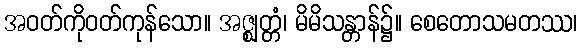
အဝတ်ကိုဝတ်ကုန်သော။ အဇ္ဈတ္တံ၊ မိမိသန္တာန်၌။ စေတောသမတဿ၊